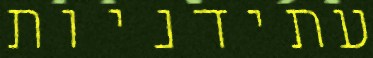
עתידניות